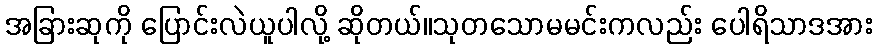
အခြားဆုကို ပြောင်းလဲယူပါလို့ ဆိုတယ်။သုတသောမမင်းကလည်း ပေါရိသာဒအား